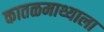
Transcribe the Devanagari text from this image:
कातळमाथ्याला